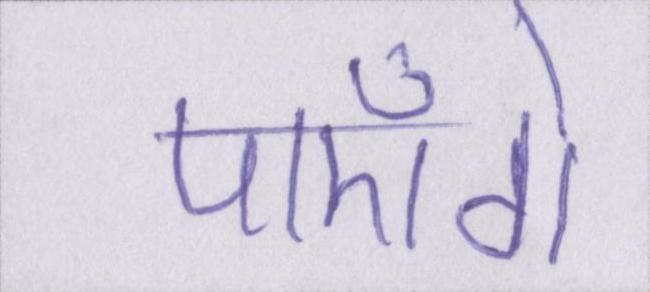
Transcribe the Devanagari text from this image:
पाएँगे